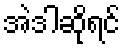
အဲဒါဆိုရင်